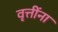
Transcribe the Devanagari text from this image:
वृत्तींना